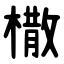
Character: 橵